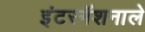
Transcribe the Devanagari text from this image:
इंटरनॅशनाले